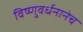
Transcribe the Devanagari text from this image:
विष्णुवर्धनानेच